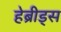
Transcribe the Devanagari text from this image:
हेब्रीड्स